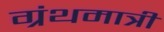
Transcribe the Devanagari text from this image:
ग्रंथमात्री